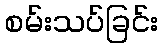
စမ်းသပ်ခြင်း